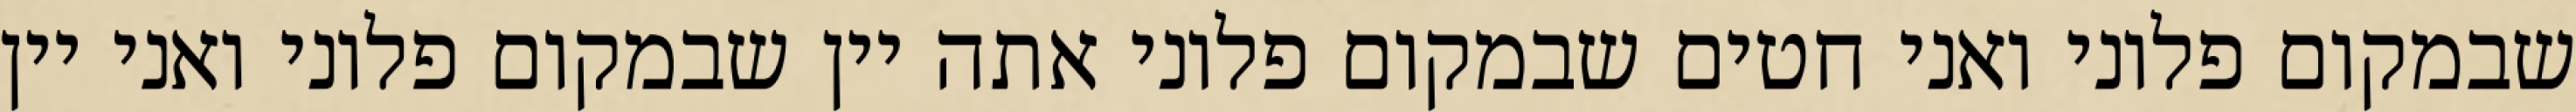
שבמקום פלוני ואני חטים שבמקום פלוני אתה יין שבמקום פלוני ואני יין